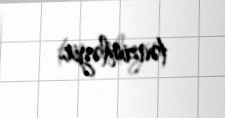
tənzimləyir.